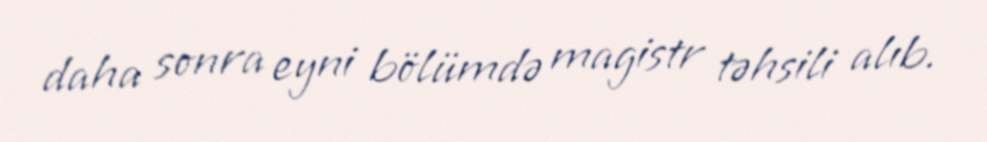
daha sonra eyni bölümdə magistr təhsili alıb.